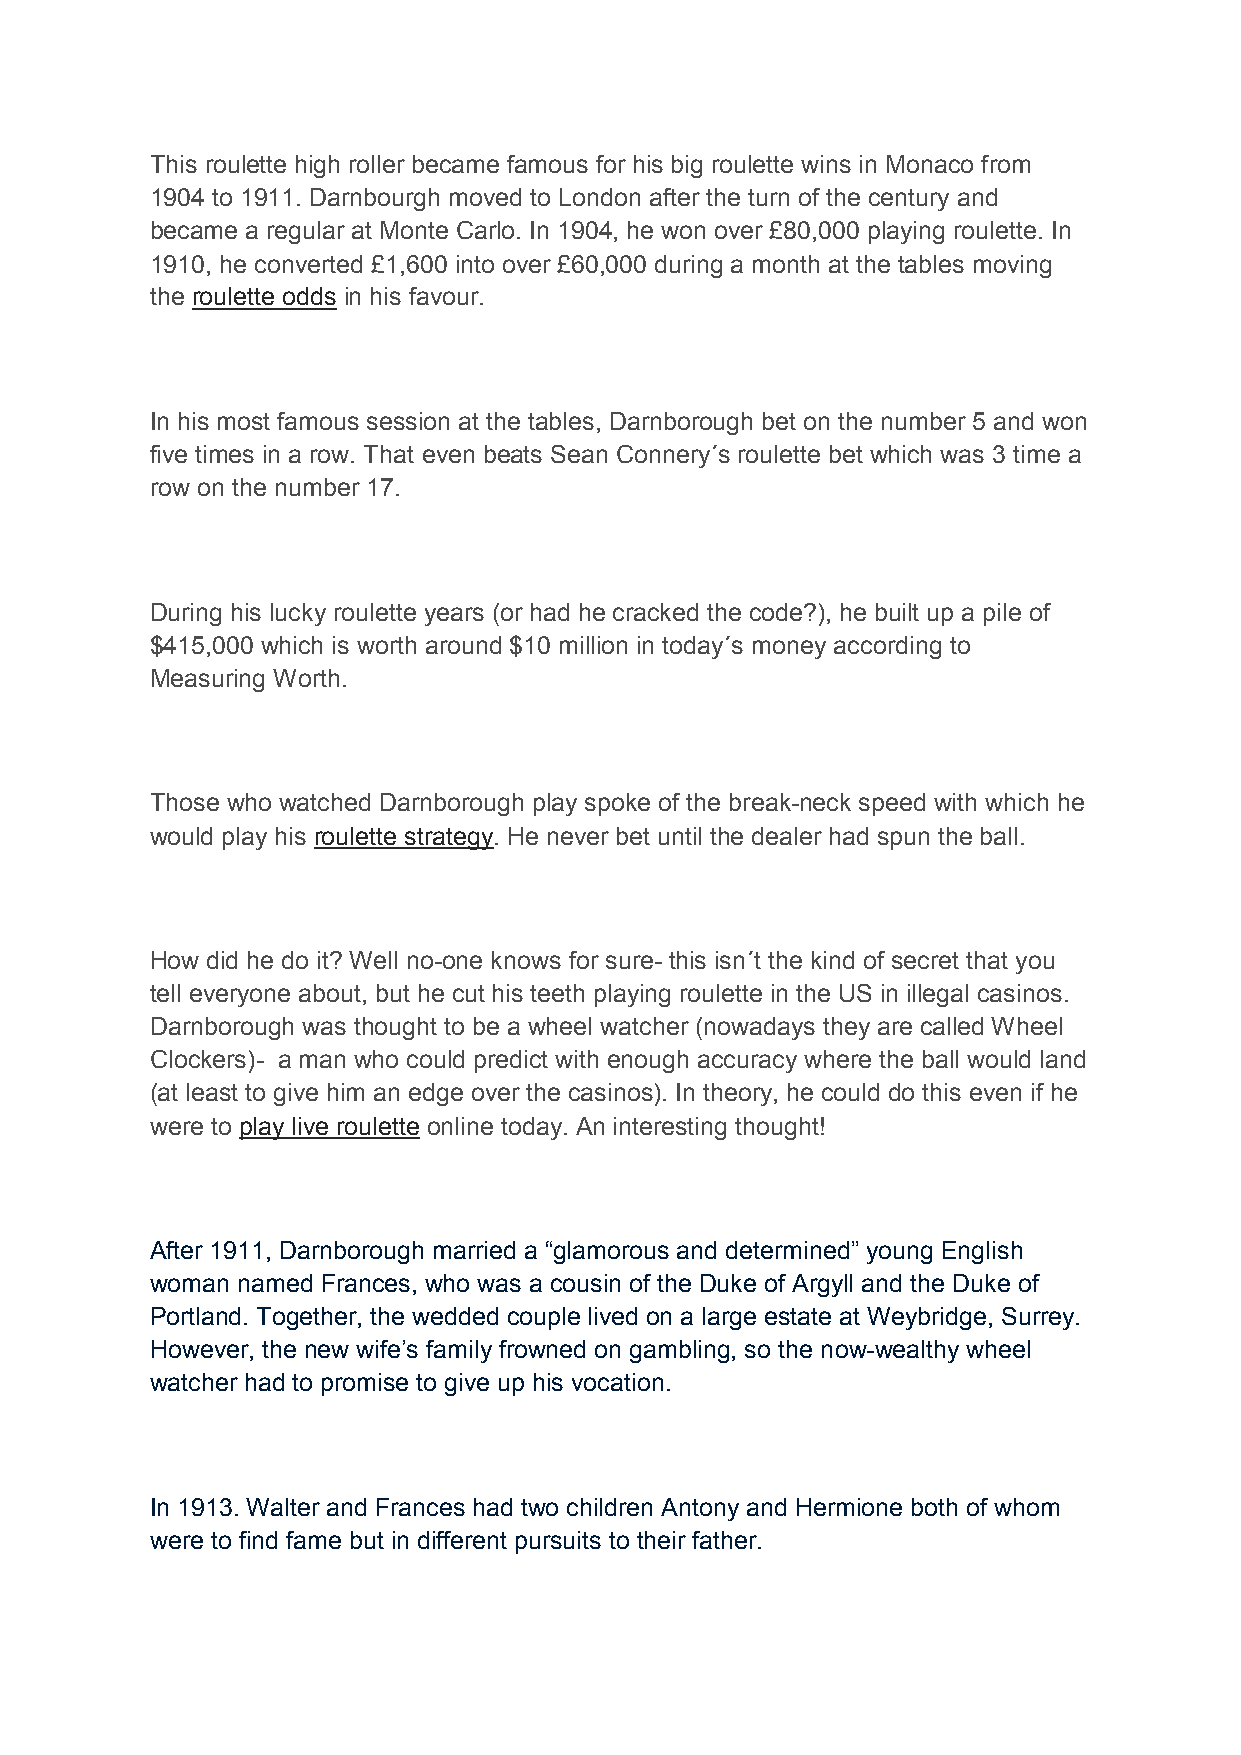
This roulette high roller became famous for his big roulette wins in Monaco from
 1904 to 1911. Darnbourgh moved to London after the turn of the century and
 became a regular at Monte Carlo. In 1904, he won over £80,000 playing roulette. In
 1910, he converted £1,600 into over £60,000 during a month at the tables moving
 the roulette odds in his favour.
 In his most famous session at the tables, Darnborough bet on the number 5 and won
 five times in a row. That even beats Sean Connery´s roulette bet which was 3 time a
 row on the number 17.
 During his lucky roulette years (or had he cracked the code?), he built up a pile of
 $415,000 which is worth around $10 million in today´s money according to
 Measuring Worth.
 Those who watched Darnborough play spoke of the break-neck speed with which he
 would play his roulette strategy. He never bet until the dealer had spun the ball.
 How did he do it? Well no-one knows for sure- this isn´t the kind of secret that you
 tell everyone about, but he cut his teeth playing roulette in the US in illegal casinos.
 Darnborough was thought to be a wheel watcher (nowadays they are called Wheel
 Clockers)- a man who could predict with enough accuracy where the ball would land
 (at least to give him an edge over the casinos). In theory, he could do this even if he
 were to play live roulette online today. An interesting thought!
 After 1911, Darnborough married a “glamorous and determined” young English
 woman named Frances, who was a cousin of the Duke of Argyll and the Duke of
 Portland. Together, the wedded couple lived on a large estate at Weybridge, Surrey.
 However, the new wife’s family frowned on gambling, so the now-wealthy wheel
 watcher had to promise to give up his vocation.
 In 1913. Walter and Frances had two children Antony and Hermione both of whom
 were to find fame but in different pursuits to their father.